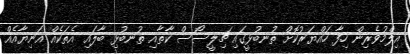
އިލްމުވެރިން ހިފާ ހައްޔަރުކޮށް ތުނބުޅީގައި ޗިލީސޯސް ކާތާއި ތުނބުޅި ބާލައި އެތަކެއް އަނިޔާއެއް